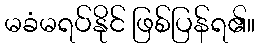
မခံမရပ်နိုင် ဖြစ်ပြန်ရ၏။